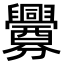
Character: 釁